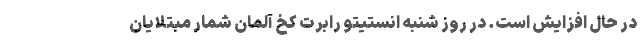
در حال افزایش است. در روز شنبه انستیتو رابرت کخ آلمان شمار مبتلایان